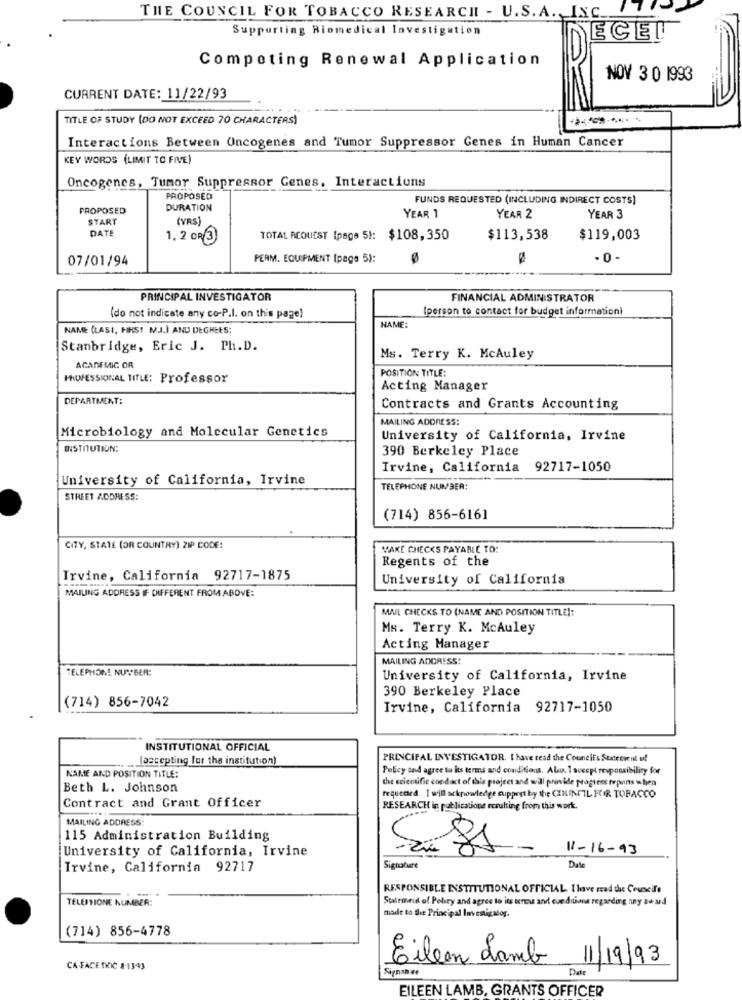
THE COUNCIL FOR TOBACCO RESEARCHI - U.S. A. INC_17
Supporting Riomedical Investigation
ECEL
Competing Renewal Application
NOV 3 0 1993
CURRENT DATE: 11/22/93
TITLE OF STUDY (DO NOT EXCEED 70 CHARACTERS)
Interactions Between Oncogenes and Tumor Suppressor Genes in Human Cancer
KEY WORDS (LIMIT TO FIVE)
Oncogenes, Tumor Suppressor Genes, Interactions
PROPOSED
FUNDS REQUESTED (INCLUDING INDIRECT COSTS)
PROPOSED
DURATION
YEAR 1
START
(YRS
YEAR 2
YEAR 3
DATE
1. 2 OR 3
TOTAL REQUEST (page 5): $108,350
$113,538
$119,003
07/01/94
PERM. EQUIPMENT [page 5):
-0-
PRINCIPAL INVESTIGATOR
FINANCIAL ADMINISTRATOR
Iperson to contact for budget information)
(do not indicate any co-P.l. on this page)
NAME (LASI, HIRS! M.J.) AND DEGREES:
NAME:
Stanbridge, Eric J. Ph.D.
Ms. Terry K. McAuley
ACADEMIC OR
POSITION TITLE:
PROFESSIONAL TITLE: Professor
Acting Manager
DEPARTMENT:
Contracts and Grants Accounting
MAILING ADDRESS:
Microbiology and Molecular Genetics
University of California, Irvine
INSTITUTION:
390 Berkeley Place
Irvine, California
92717-1050
University of California, Irvine
TELEPHONE NUMBER:
STREET ADDRESS:
(714) 856-6161
CITY, STATE (OR COUNTRY) ZIP CODE:
MAKE CHECKS PAYABLE TO:
Regents of the
Irvine, California 92717-1875
University of California
MAILING ADDRESS IF DIFFERENT FROM ABOVE:
MAIL CHECKS TO (NAME AND POSITION TITLE]:
Ms. Terry K. McAuley
Acting Manager
MAILING ADDRESS:
TELEPHONE NUMBER:
University of California, Irvine
390 Berkeley Place
(714) 856-7042
Irvine, California 92717-1050
INSTITUTIONAL OFFICIAL
(accepting for the institution)
PRINCIPAL INVESTIGATOR. I have read the Council's Statement of
Policy and agree to its terms and conditions. Also. 1 accept responsibility for
NAME AND POSITION TITLE:
the scientific coodact of this project and will provide progress reports = hen
Beth L. Johnson
Contract and Grant Officer
requested 1 will acknowledge cuppert by the CEILINGIL FOR TOBACCO
RESEARCH in publications resulting from this work.
MAILING ADDRESS
115 Administration Building
University of California, Irvine
Sigs
11-16-93
Irvine, California 92717
Signature
Date
RESPONSIBLE INSTITUTIONAL OFFICIAL I have read the Ceuxcife
TELEFTIONE NUMBER:
Statement of Policy and agree to its kross and cveditions regarding any award
made to the Principal Investigator.
(714) 856-4778
CA-FACE DOC 8-13-43
Signan de
Eileen Lamb 11/19/93
Date
EILEEN LAMB, GRANTS OFFICER